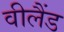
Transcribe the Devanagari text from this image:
वीलैंड